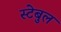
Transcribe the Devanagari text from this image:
स्टेबुल